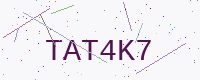
Text: TAT4K7